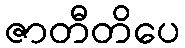
ဇာတီတိပေ